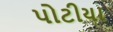
પોટીયા